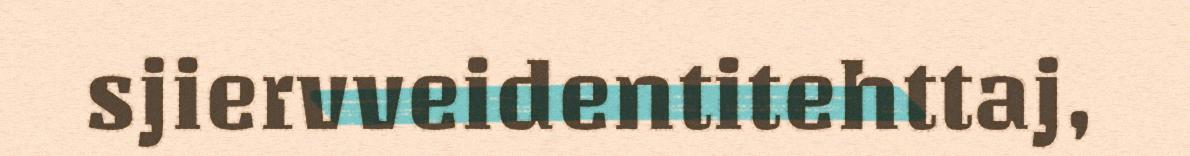
sjiervveidentitehttaj,